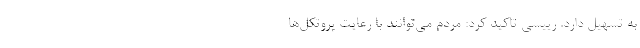
به تسهیل دارد. رییسی تاکید کرد: مردم می‌توانند با رعایت پروتکل‌ها